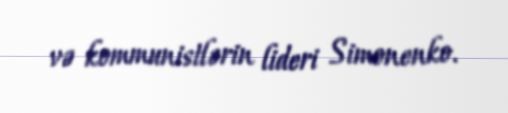
və kommunistlərin lideri Simonenko.